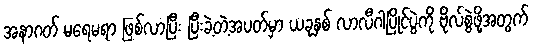
အနာဂတ် မရေမရာ ဖြစ်လာပြီး ပြီးခဲ့တဲ့အပတ်မှာ ယခုနှစ် လာလီဂါပြိုင်ပွဲကို ဗိုလ်စွဲဖို့အတွက်